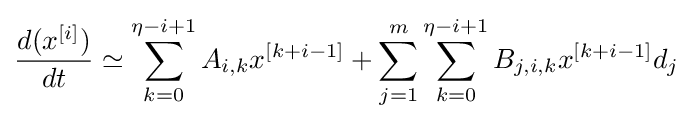
{\frac {d(x^{[i]})}{dt}}\simeq \sum _{k=0}^{\eta -i+1}A_{i,k}x^{[k+i-1]}+\sum _{j=1}^{m}\sum _{k=0}^{\eta -i+1}B_{j,i,k}x^{[k+i-1]}d_{j}